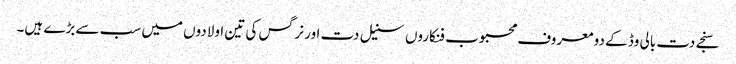
سنجے دت بالی وڈ کے دو معروف محبوب فنکاروں سنیل دت اور نرگس کی تین اولادوں میں سب سے بڑے ہیں۔